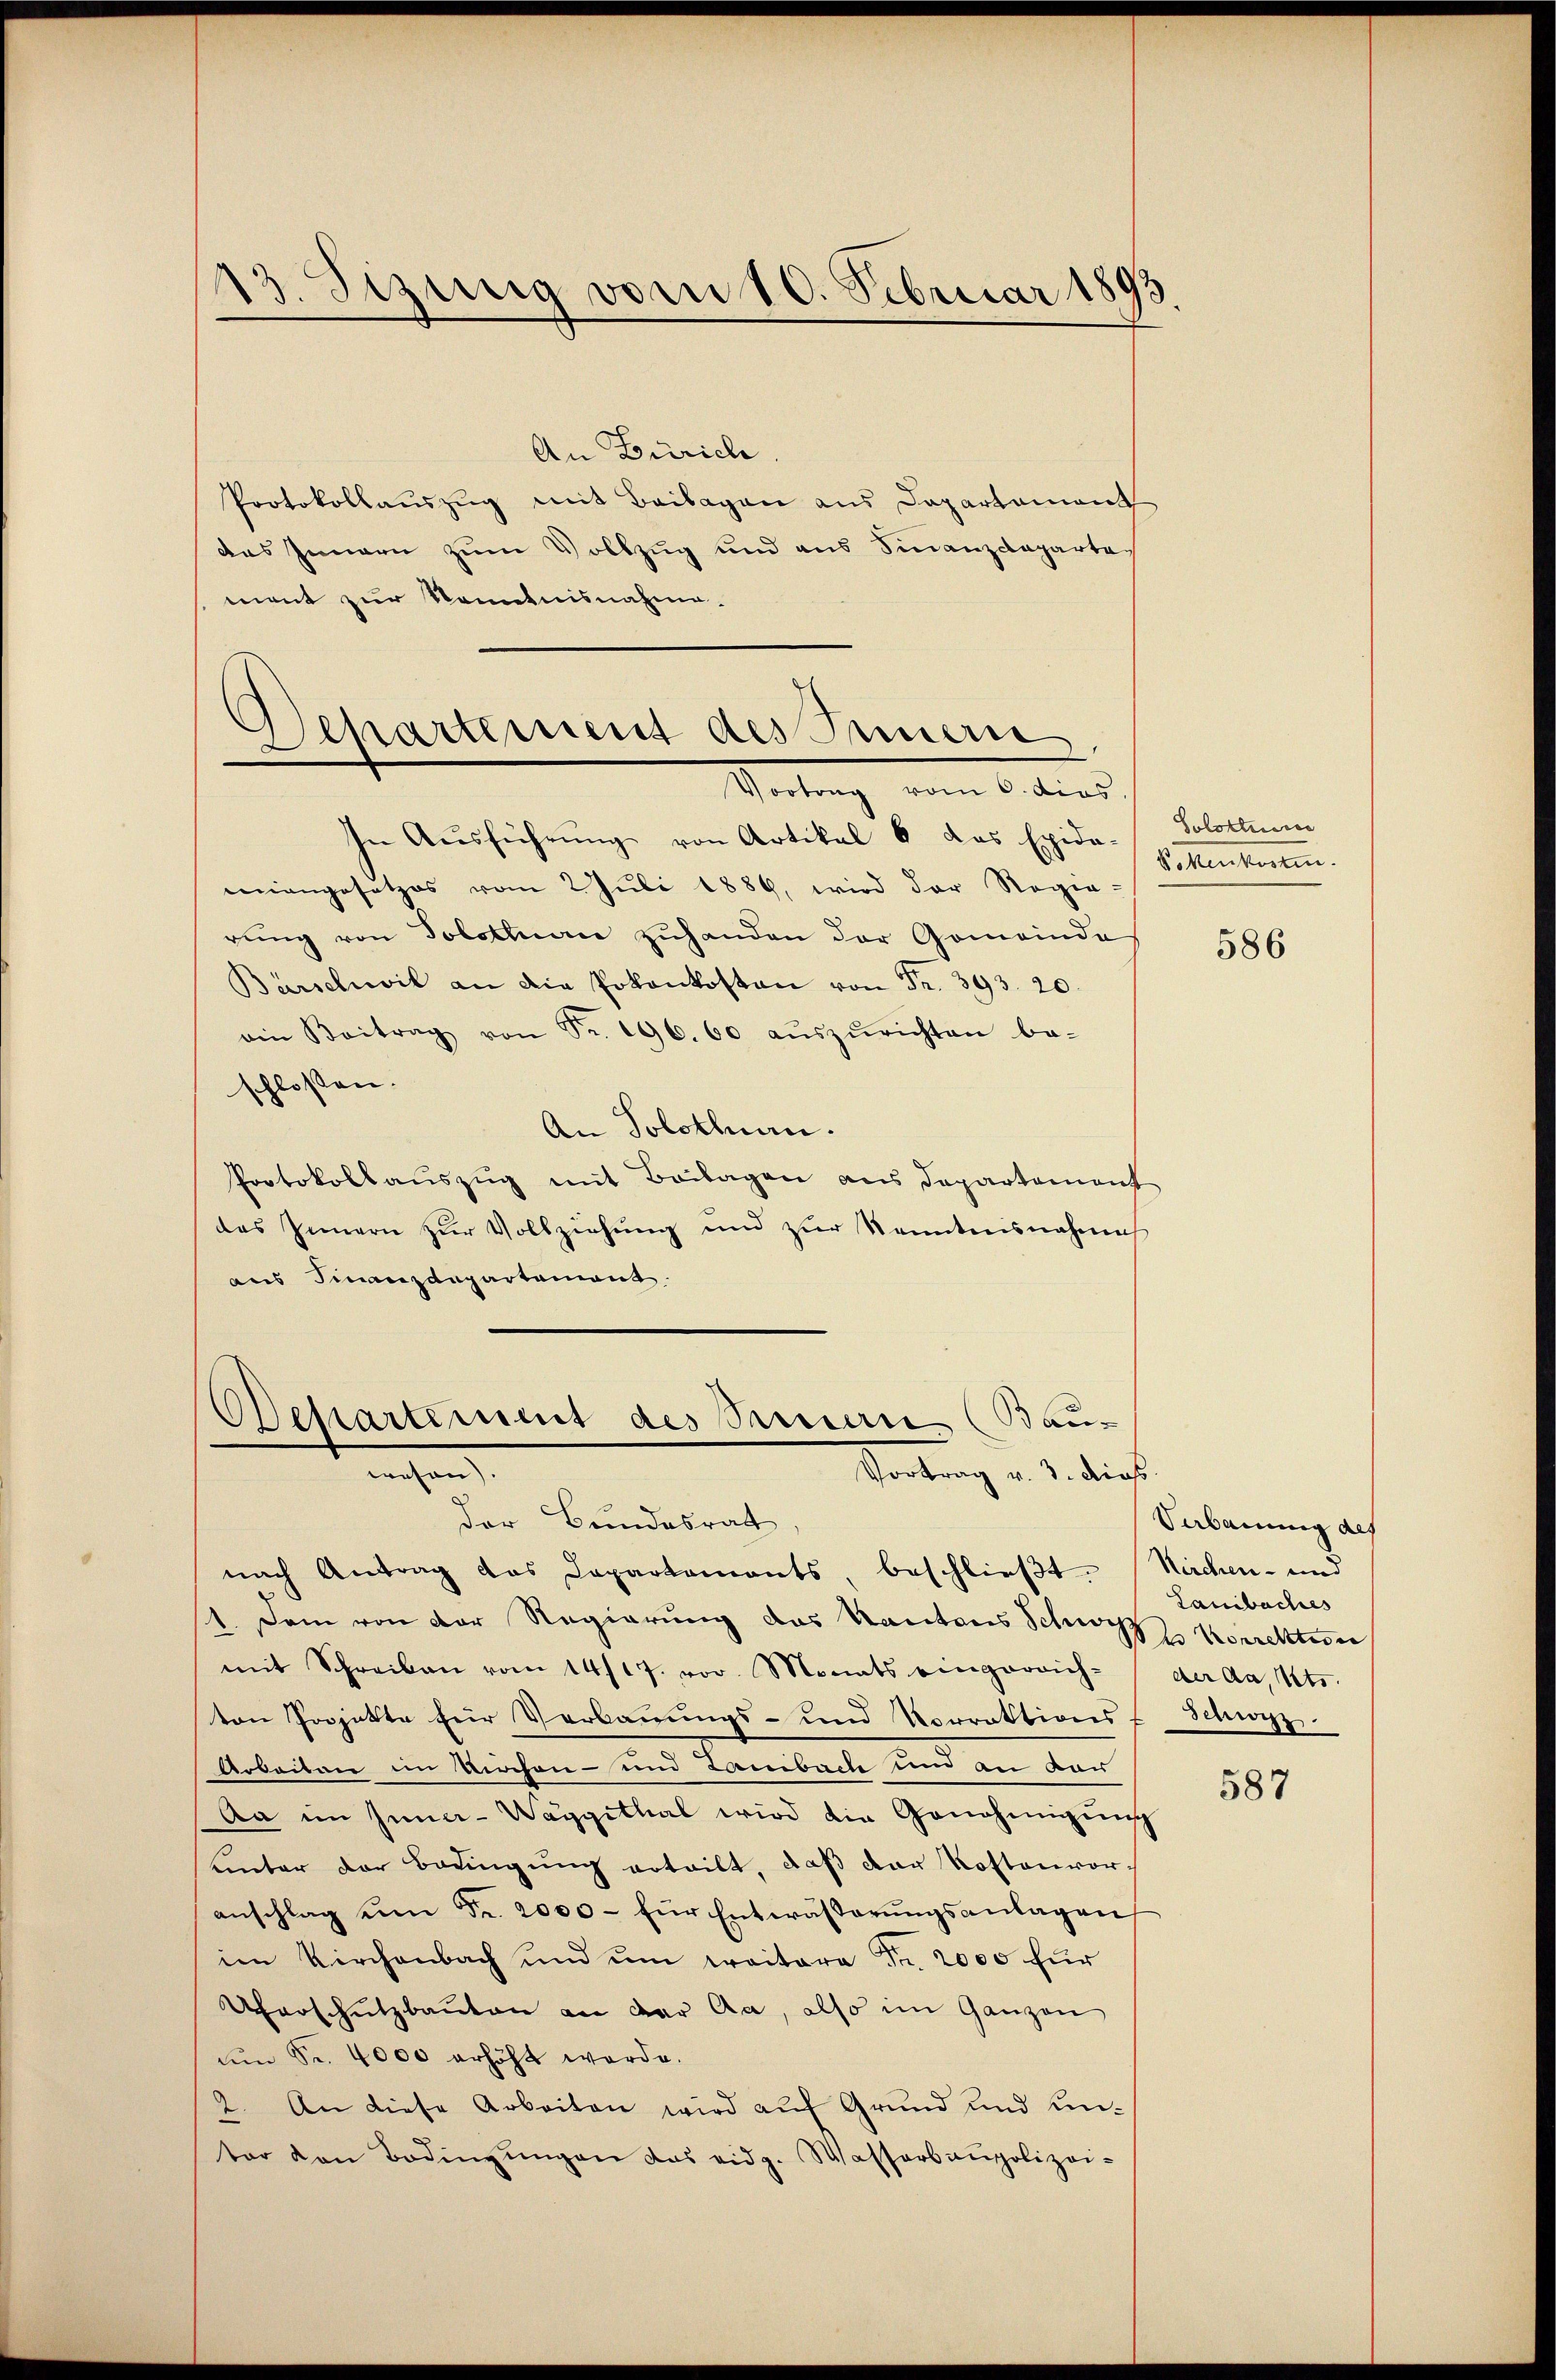
An Zürich.
Protokollaŭszŭg mit Beilagen aus Departement
das Innern zum Vollzug und aus Finanzdepartach
ment zur Kenntnisnahme.

13. Sizung vom 10. Februar 1893

Departement des Innern
Vortrag vom 6. dies

Bau-
Besartement des Samen
wesen).
Vertrag v. J. dies
der Bundesrath,

In Ausführung von Artikal 6 das Exida-Solothurn
mangesetzes vom 2. Juli 1886, wird der Regie-
rŭng von Solothurn zŭhanden der Gemeinde
Barschwil an die Pokankosten von Fr. 393. 20.
ein Beitrag von Fr. 196. 60 aŭszŭrichten be-
schlossen:
An Solothurn.
Protokollauszug mit Beilagen aus Departement
das Innern zur Vollziehung und zur Kenntensnahme
aus Finanzdepartement
nach Antrag das Departements, beschlieβt. Nachen- und
1. Dem von der Regierung des Kantons Schwyz Korrektive
mit Schreiben vom 14/17. vor. Monats eingereich- der da. Mts.
von Projekte für Verbauungs- und Vorrektions
Arbeiten im Kirchen- und Laibach und an dau
Aa im Inner-Waggithal wird die Genehmigŭng
uinter der Bedingung erteilt, daß der Rostenvor-
anschlag ŭm Fr. 2000 - für Entwässerŭngsanlagen
im Kirchenbach und um weitere Fr. 2000 für
Uferschutzbauten an der Aa, also im Ganzen
um Sr. 4000 erhöht werde.
2. An diese Arbeiten wird auf Grund und Umter den Bedingŭngen das eidg. Wasserbaupolizei-

S Mentorten.

586

Verbauung des
Lauibaches
Schwyz.

587